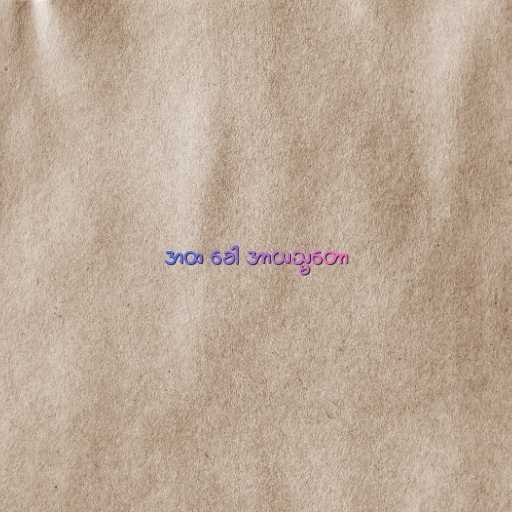
အထ ခေါ အာယသ္မတော